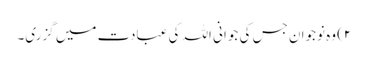
۲) وہ نوجوان جس کی جوانی اللہ کی عبادت میں گزری۔